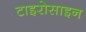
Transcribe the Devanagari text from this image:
टाइरोसाइन